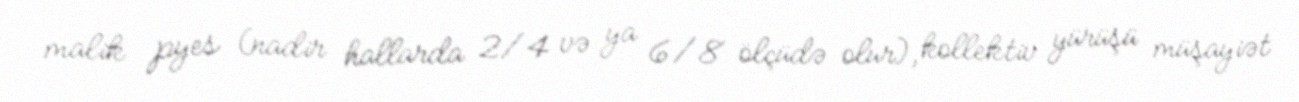
malik pyes (nadir hallarda 2/4 və ya 6/8 ölçüdə olur), kollektiv yürüşü müşayiət